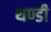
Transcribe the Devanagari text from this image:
थण्डी